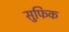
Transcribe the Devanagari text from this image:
सुफिक